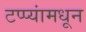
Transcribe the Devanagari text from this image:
टप्प्यांमधून